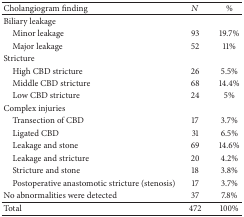
| Cholangiogram finding | N | % |
 | --- | --- | --- |
 | Biliary leakage |  |  |
 | Minor leakage | 93 | 19.7% |
 | Major leakage | 52 | 11% |
 | Stricture |  |  |
 | High CBD stricture | 26 | 5.5% |
 | Middle CBD stricture | 68 | 14.4% |
 | Low CBD stricture | 24 | 5% |
 | Complex injuries |  |  |
 | Transection of CBD | 17 | 3.7% |
 | Ligated CBD | 31 | 6.5% |
 | Leakage and stone | 69 | 14.6% |
 | Leakage and stricture | 20 | 4.2% |
 | Stricture and stone | 18 | 3.8% |
 | Postoperative anastomotic stricture (stenosis) | 17 | 3.7% |
 | No abnormalities were detected | 37 | 7.8% |
 | Total | 472 | 100% |